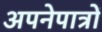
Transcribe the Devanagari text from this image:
अपनेपात्रों